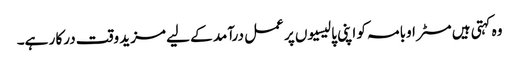
وہ کہتی ہیں مسٹر اوبامہ کو اپنی پالیسیوں پر عمل درآمد کے لیے مزید وقت درکا ر ہے۔